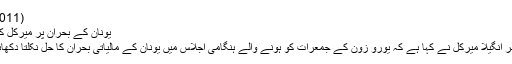
(20.07.2011)
یونان کے بحران پر میرکل کی ’مایوسی‘
جرمن چانسلر انگیلا میرکل نے کہا ہے کہ یورو زون کے جمعرات کو ہونے والے ہنگامی اجلاس میں یونان کے مالیاتی بحران کا حل نکلتا دکھائی نہیں دیتا۔